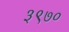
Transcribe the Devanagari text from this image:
३९७०